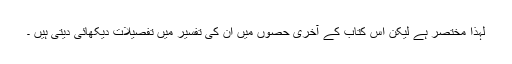
لہذا مختصر ہے لیکن اس کتاب کے آخری حصوں میں ان کی تفسیر میں تفصیلات دیکھائی دیتی ہیں ۔